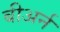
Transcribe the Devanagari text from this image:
बीअर्न